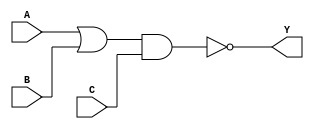
module OAI21X1 (A, B, C, Y);
input  A ;
input  B ;
input  C ;
output Y ;

   or  (I0_out, A, B);
   and (I1_out, I0_out, C);
   not (Y, I1_out);

   specify
     // delay parameters
     specparam
       tplhl$A$Y = 0.11:0.11:0.11,
       tphlh$A$Y = 0.12:0.12:0.12,
       tplhl$B$Y = 0.089:0.089:0.089,
       tphlh$B$Y = 0.11:0.11:0.11,
       tplhl$C$Y = 0.063:0.082:0.1,
       tphlh$C$Y = 0.094:0.099:0.1;

     // path delays
     (A *> Y) = (tphlh$A$Y, tplhl$A$Y);
     (B *> Y) = (tphlh$B$Y, tplhl$B$Y);
     (C *> Y) = (tphlh$C$Y, tplhl$C$Y);

   endspecify

endmodule